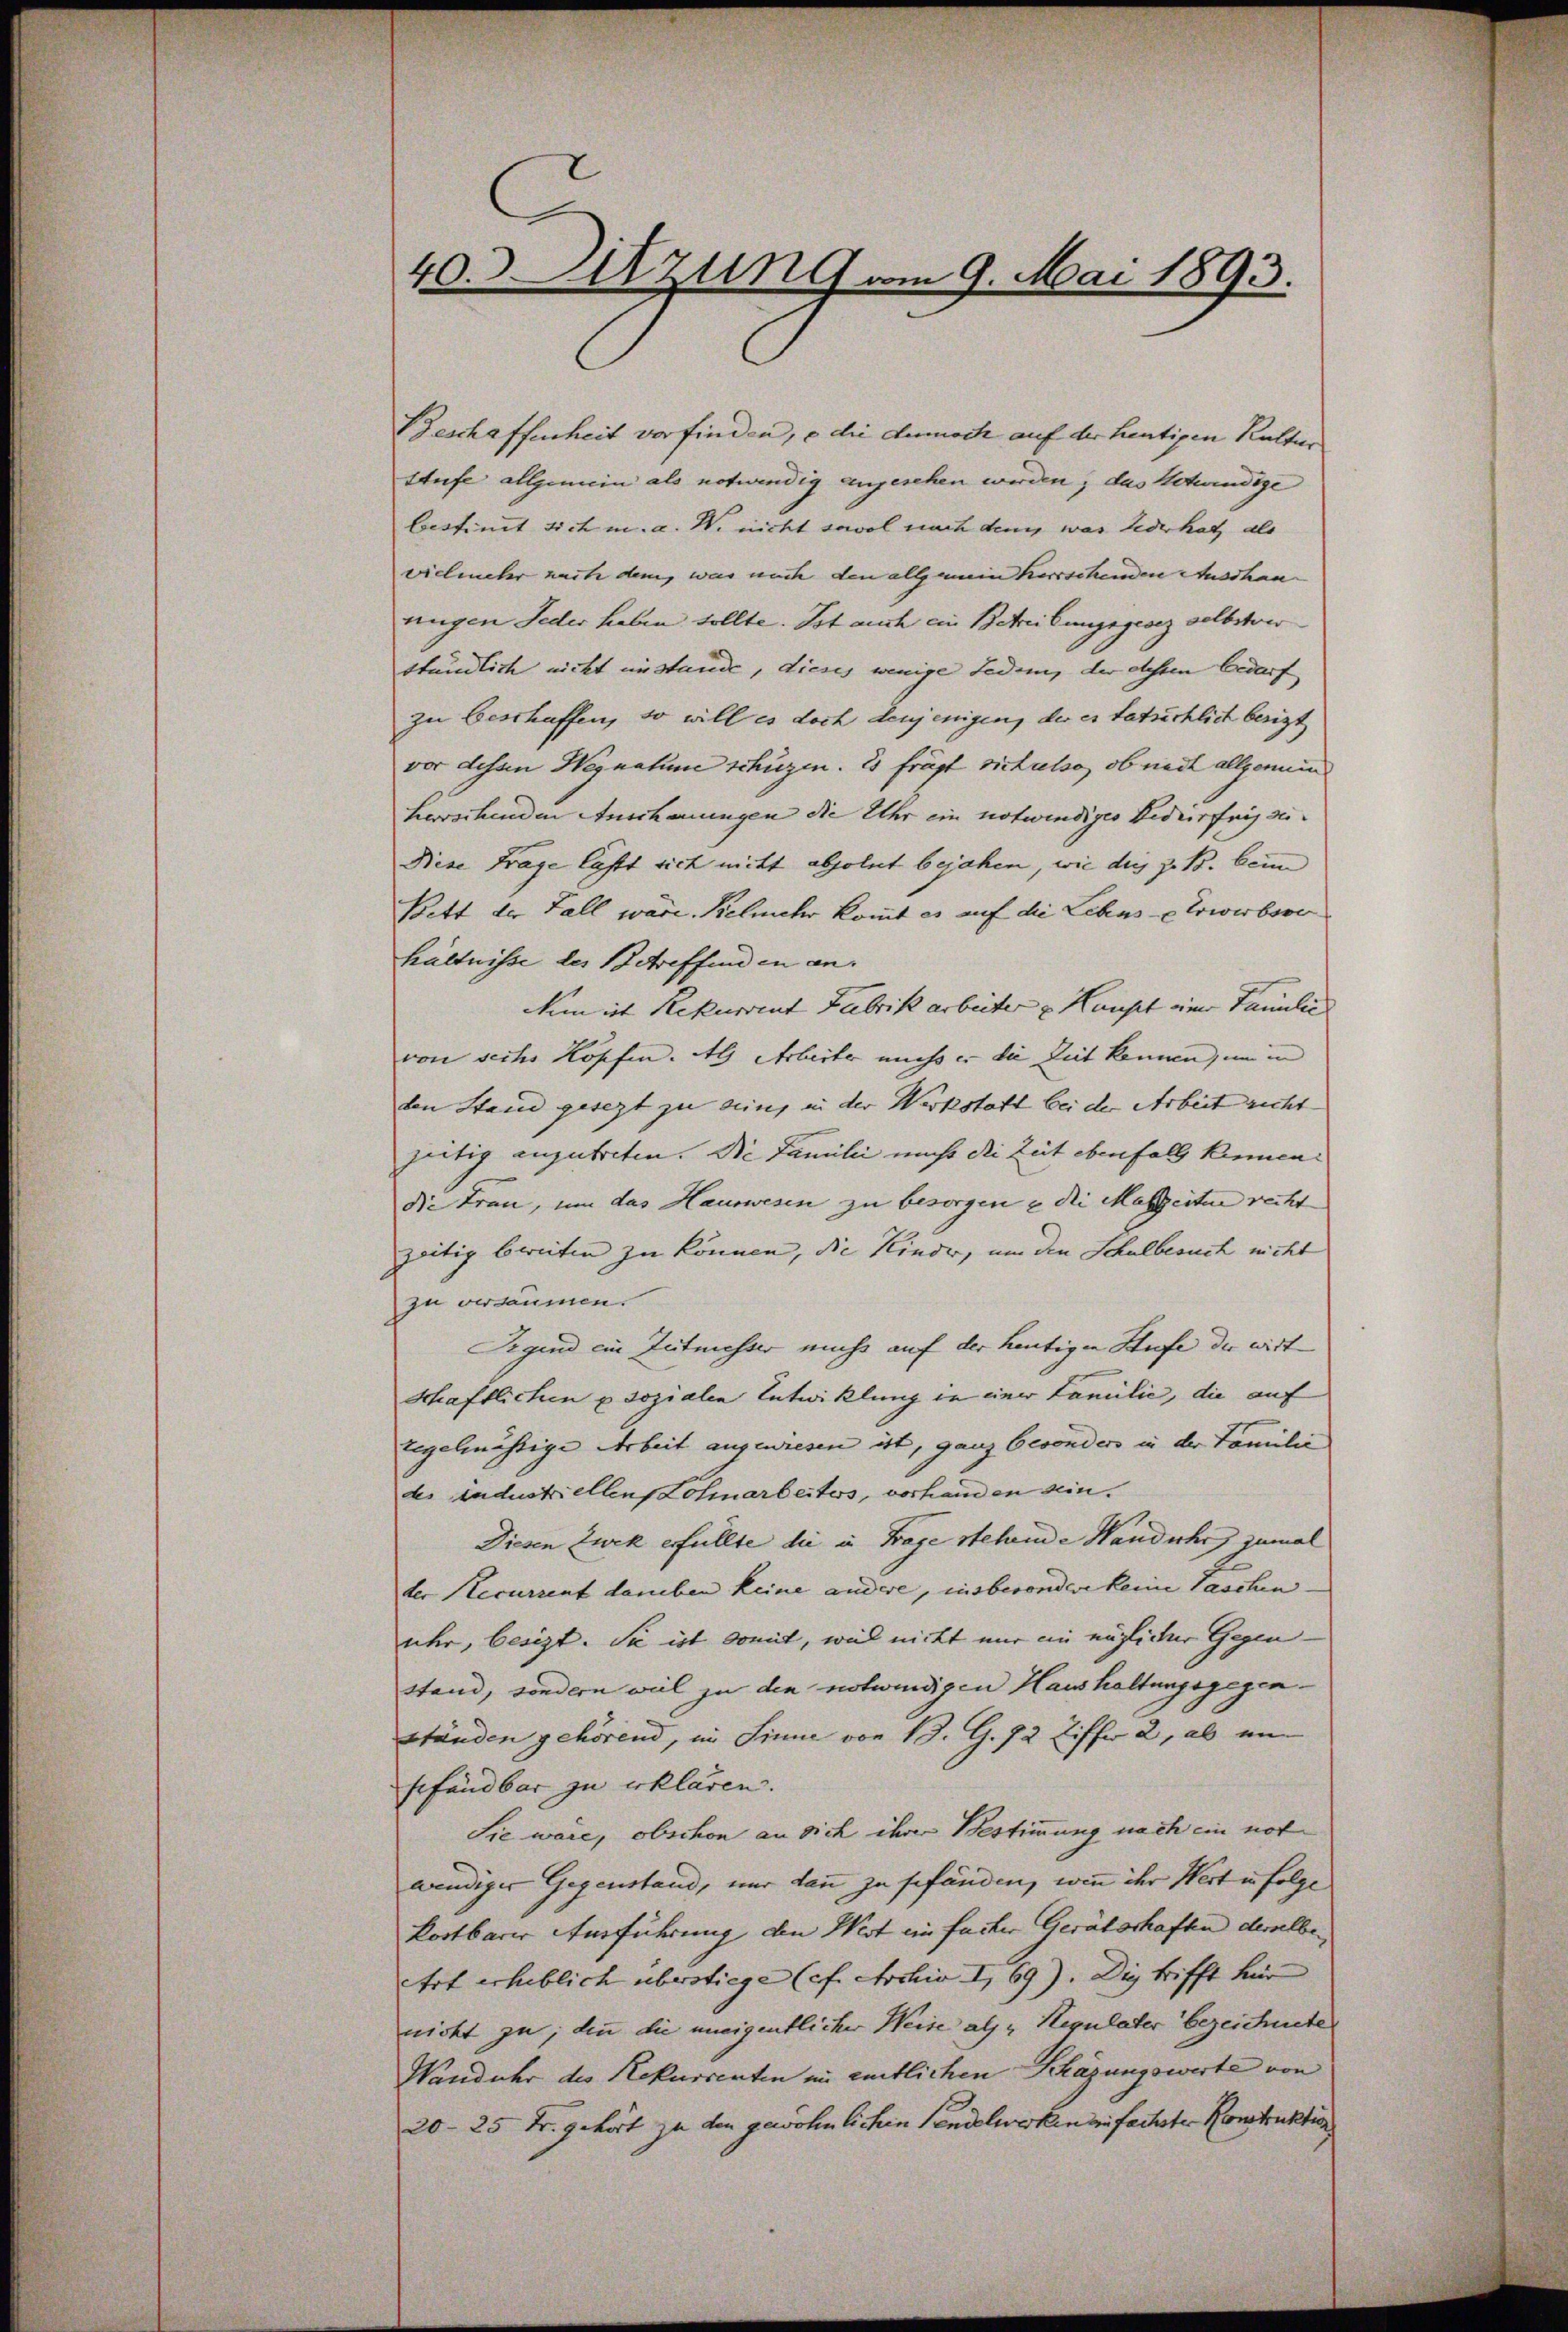
40.) Azung vom 9. Mai 1893.

Beschaffenheit vorfinden, e die dennoch auf der heutigen Kalter
Stufe allgemein als notwendig angesehen werden, das Notwendige
bestinit sich u. a. W. nicht sowol nach den was Leder hat, als
vielmehr nach dem, was nach den allgemein Kerrschenden Ausdhanungen Feder haben sollte. Ist auch ein Betreibungsgesez selbstver
ständlich nicht instande, dieses wenige Fedem, der dessen bedarf
zu beschaffen, so will es doch denjenigen, der es tatschlich berigt,
vor dessen Wegnatum schuzen. Es frägt sich also, ob nach allgemein
herschenden Anschauungen die Uhr ein notwendiges Bedürfnis ei¬
Diese Frage lasst sich mitt absolut bejahen, wie dies z. B. beim
Bett der Fall wäre. Kelmehr kommt es auf die Lehns-Erwerbsor
hältnisse des Betreffenden an.
Nimirt Rekurrent Fabrik arbeiter Kauft einer Famulie
von sechs Kopfen. Als Arbeiter muss er die Zeit kennen, um in
den Stand gesezt zu eing in der Werkstatt bei der Arbeit richt |
zeitig anzutreten. Die Familii nicht die Zeit ebenfall kennen.
die Tran, um das Hauswesen zu besorgen & die Malzeiter recht
zeitig bereiten zu können, die Kinder, um den Schulbesuch nicht
zu versäumen.
Segend ein Zutmesser muss auf der heutigen Stufe der wirt
Schaftlichen u sozialen Entwicklung in einer Familie, die auf
regelmässige Arbeit angewiesen ist, ganz besonders in der Familie
des Industriellens Lohnarbeiters, vorhanden sein.
Diesen Zwek erfüllte die in Frage stehende Wanduhr zumal
der Recurrent daneben keine andere, insbesondere keine Taschen
uhr, besizt. Sie ist damit, wiel nicht nur ein möglicher Gegen.
stand, sondern weil zu den notwendigen Haushaltungsgegenständen gehörend, im Sinne von 19. G. 72 Ziffer 2, ab ein
gefandbar zu erklären.
Sie wäre, obschon an dich ihrer Bestimmung nach ein not
wendiger Gegenstand, nur dann zu gefänden, wenn ihr Wert in folge
kostbarer Ausführung den Wert einfacher Gerätschaften derselben
Art erheblich überstiege (cf. Archia I 69). Die trifft für
nicht zu, denn die uneigentlicher Weise als Herulater bezeichneten
Wanduhr des Rekurrenten in entlichen Schazungswerte von
20–25 Fr. gehört zu den gewöhnlichen sendelwerken zufachste Konstruktio